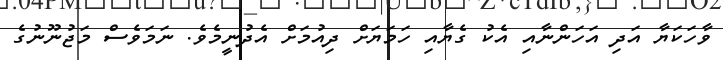
ވާހަކަޔާ އަދި އަހަންނާއި އެކު ގެޔާއި ހަމަޔަށް ދިއުމަށް އެދުނީމެވެ. ނަމަވެސް މަޖުނޫނުގެ